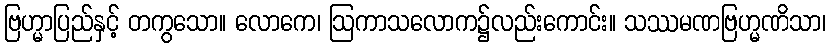
ဗြဟ္မာပြည်နှင့် တကွသော။ လောကေ၊ ဩကာသလောက၌လည်းကောင်း။ သဿမဏဗြဟ္မဏိသာ၊